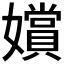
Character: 𫲐